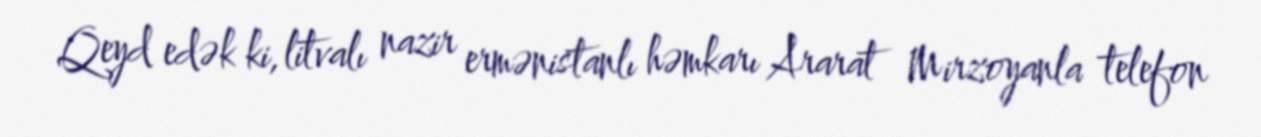
Qeyd edək ki, litvalı nazir ermənistanlı həmkarı Ararat Mirzoyanla telefon